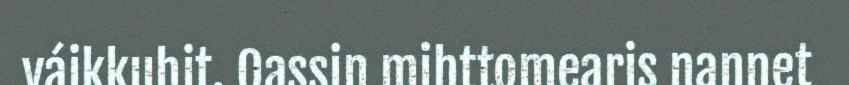
váikkuhit. Oassin mihttomearis nannet